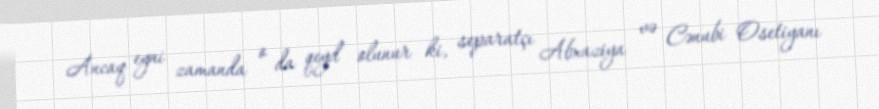
Ancaq eyni zamanda o da qeyd olunur ki, separatçı Abxaziya və Cənubi Osetiyanı